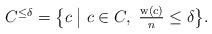
LaTeX: \begin{align*} \textstyle C^{\le\delta} =\big\{c\;\big|\;c\in C,~\frac{{\rm w}(c)}{n}\le\delta\big\}.\end{align*}